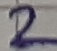
Text: 2